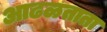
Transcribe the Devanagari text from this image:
आढळताता